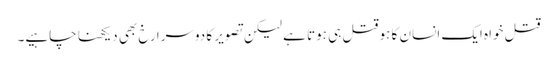
قتل خواہ ایک انسان کا ہو قتل ہی ہوتا ہے لیکن تصویر کا دوسرا رخ بھی دیکھنا چاہیے۔